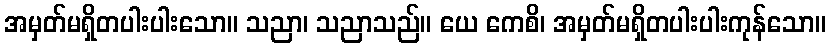
အမှတ်မရှိတပါးပါးသော။ သညာ၊ သညာသည်။ ယေ ကေစိ၊ အမှတ်မရှိတပါးပါးကုန်သော။